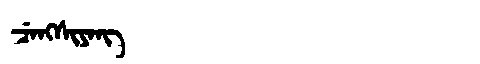
Manchu: ᠴᡝᠩᠰᡳᠶᠠᠩ
Romanization: CENGSIYANG